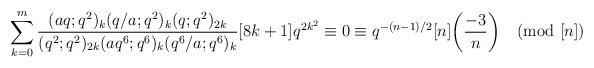
LaTeX: \begin{align*}\sum_{k=0}^{m}\frac{(aq;q^2)_k (q/a;q^2)_k (q;q^2)_{2k}}{(q^2;q^2)_{2k}(aq^6;q^6)_k (q^6/a;q^6)_k }[8k+1]q^{2k^2}\equiv0\equiv q^{-(n-1)/2}[n]\biggl(\frac{-3}{n}\biggr) \pmod{[n]}\end{align*}